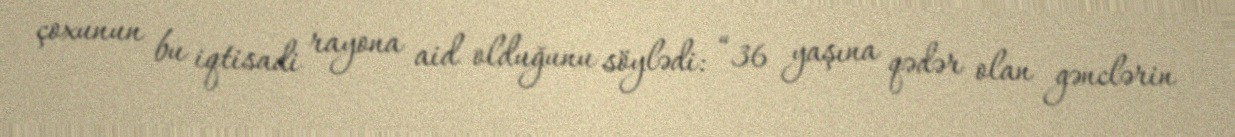
çoxunun bu iqtisadi rayona aid olduğunu söylədi: “36 yaşına qədər olan gənclərin